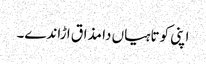
اپنی کوتاہیاں دا مذاق ا ڑاندے۔